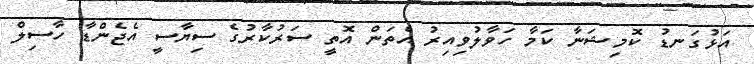
އަޅުގަނޑު ކޮމިޝަނާ ކަމާ ހަވާލުވިއިރު އެތަން އޮތީ ސަރުކާރުގެ ސިޔާސީ އެޖެންޑާ ހާސިލް